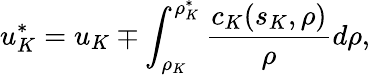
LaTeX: u_{K}^{*}=u_{K}\mp\int_{\rho_{K}}^{\rho_{K}^{*}}\frac{c_{K}(s_{K},\rho)}{\rho}d\rho,